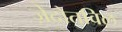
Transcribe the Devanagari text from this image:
ज़ेदोतविल